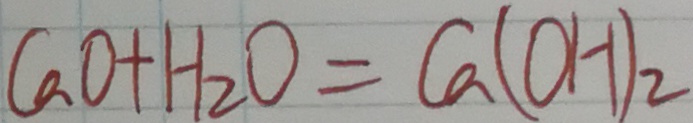
C a O + H _ { 2 } O = C a ( O H ) _ { 2 }